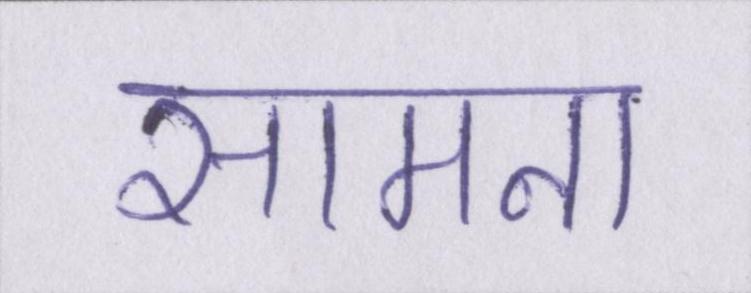
सामना